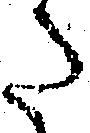
た